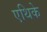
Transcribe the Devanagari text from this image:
एथिके